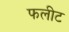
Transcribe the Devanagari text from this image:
फलीट